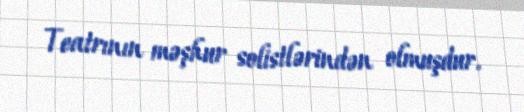
Teatrının məşhur solistlərindən olmuşdur.